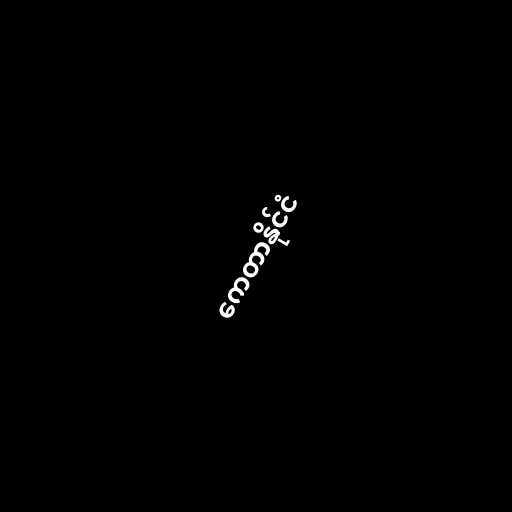
ကေတာနိုင်ငံ